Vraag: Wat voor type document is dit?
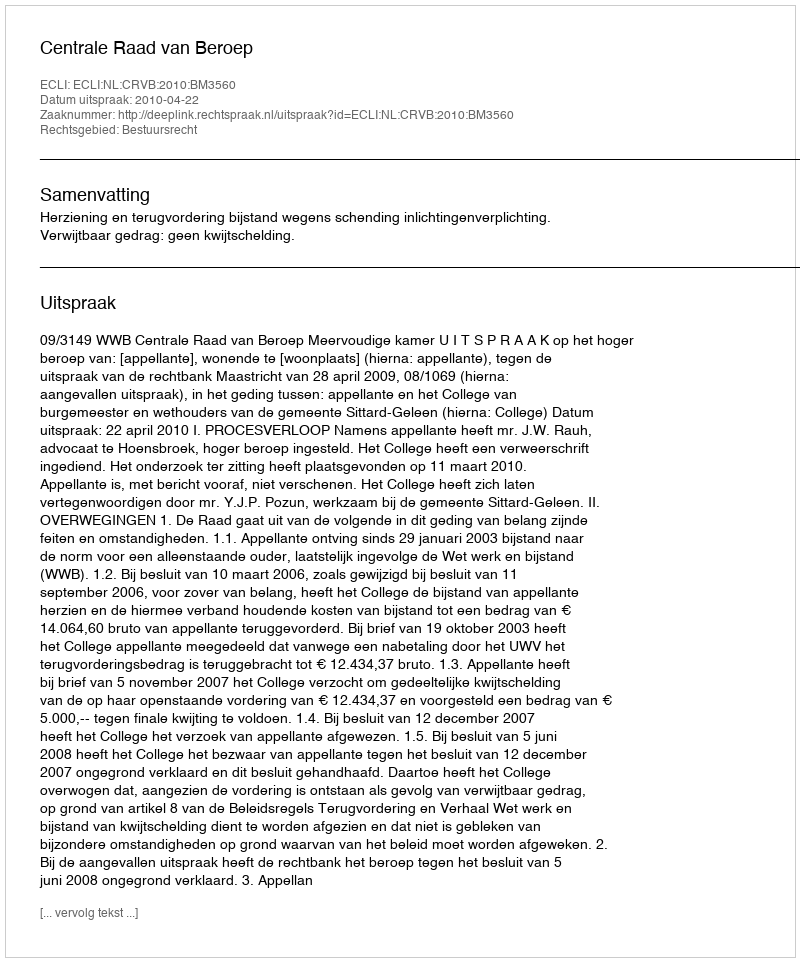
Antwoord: Uitspraak